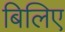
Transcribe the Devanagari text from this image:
बिलिए